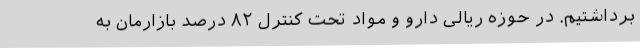
برداشتیم. در حوزه ریالی دارو و مواد تحت کنترل ۸۲ درصد بازارمان به